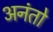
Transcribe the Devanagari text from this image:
अनंतो